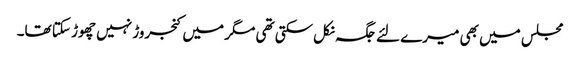
مجلس میں بھی میرے لئے جگہ نکل سکتی تھی مگر میں کنجروڑ نہیں چھوڑ سکتا تھا۔